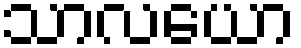
သာလယော